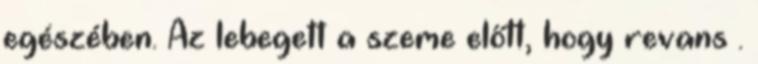
egészében. Az lebegett a szeme előtt, hogy revans .